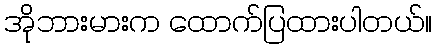
အိုဘားမားက ထောက်ပြထားပါတယ်။